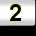
Digit: 2